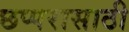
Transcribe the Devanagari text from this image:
छप्परासाठी